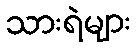
သားရဲများ